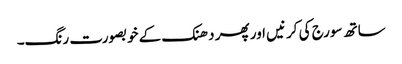
ساتھ سورج کی کرنیں اور پھر دھنک کے خوبصورت رنگ۔